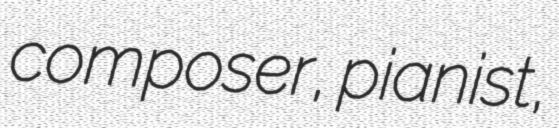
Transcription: composer, pianist,